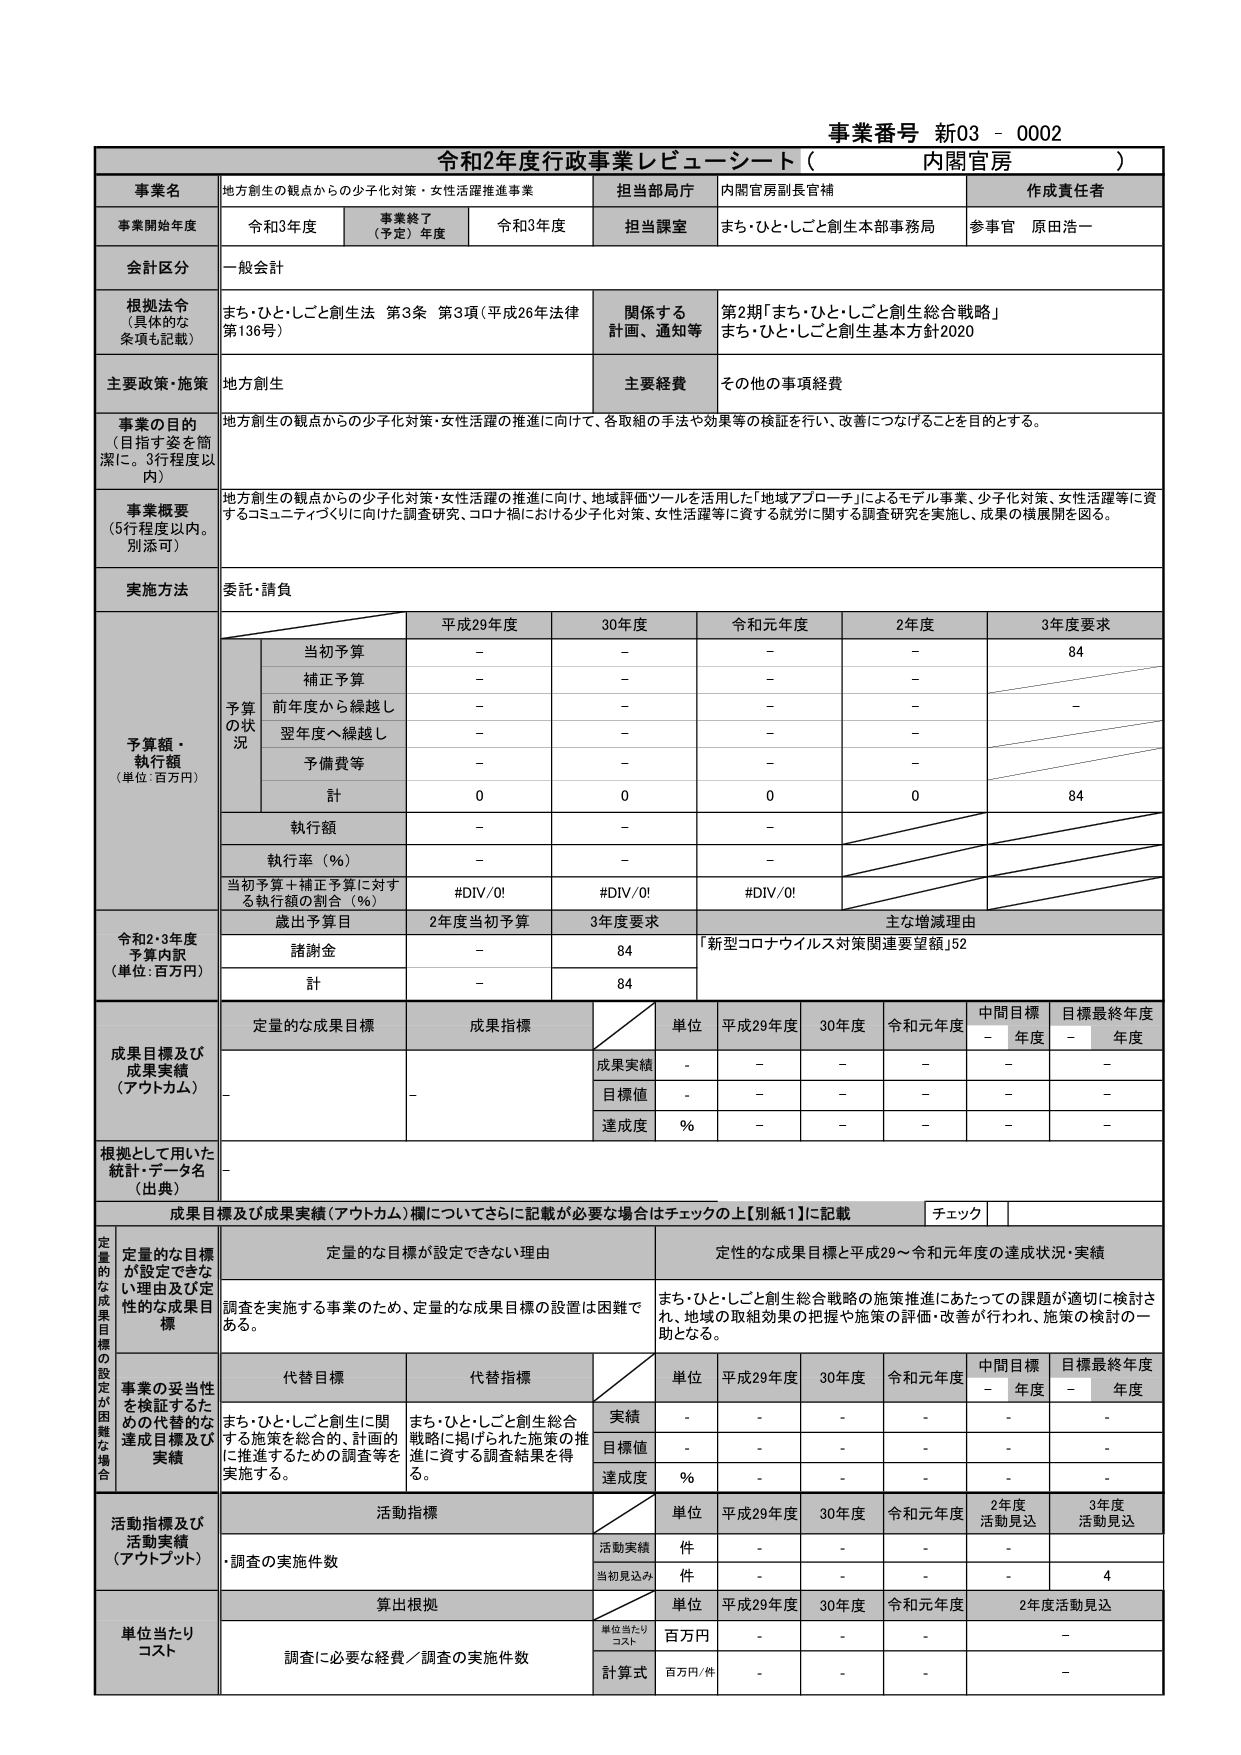
事業番号 新03 - 0002
令和2年度行政事業レビュー・シート（ 内閣官房 ）

事業名 地方創生の観点からの少子化対策・女性活躍推進事業
担当部局庁 内閣官房副長官補
作成責任者

事業開始年度 令和3年度
事業終了（予定）年度 令和3年度
担当課室 まち・ひと・しごと創生本部事務局
参事官 原田浩一

会計区分 一般会計

根拠法令（具体的な条項も記載） まち・ひと・しごと創生法 第3条 第3項（平成26年法律第136号）
関係する計画、通知等 第2期「まち・ひと・しごと創生総合戦略」 まち・ひと・しごと創生基本方針2020

主要政策・施策 地方創生
主要経費 その他の事項経費

事業の目的（目指す姿を簡潔に。3行程度以内） 地方創生の観点からの少子化対策・女性活躍の推進に向けて、各取組の手法や効果等の検証を行い、改善につなげることを目的とする。

事業概要（5行程度以内。別添可） 地方創生の観点からの少子化対策・女性活躍の推進に向けて、地域評価ツールを活用した「地域アプローチ」によるモデル事業、少子化対策、女性活躍等に資するコミュニティづくりに向けた調査研究、コロナ禍における少子化対策、女性活躍等に資する就労に関する調査研究を実施し、成果の横展開を図る。

実施方法 委託・請負

予算額・執行額（単位：百万円）
平成29年度 30年度 令和元年度 2年度 3年度要求
予算の状況
当初予算 - - - - 84
補正予算 - - - -
前年度から繰越し - - - - -
翌年度へ繰越し - - - -
予備費等 - - - -
計 0 0 0 0 84
執行額 - - -
執行率（％） - - -
当初予算＋補正予算に対する執行額の割合（％） #DIV/0! #DIV/0! #DIV/0!

令和2・3年度予算内訳（単位：百万円）
歳出予算目 2年度当初予算 3年度要求 主な増減理由
諸謝金 - 84 「新型コロナウイルス対策関連要望額」52
計 - 84

成果目標及び成果実績（アウトカム）
定量的な成果目標 成果指標 単位 平成29年度 30年度 令和元年度 中間目標年度 目標最終年度年度
- - 成果実績 - - - - - -
目標値 - - - - - -
達成度 ％ - - - - - -

根拠として用いた統計・データ名（出典） -

成果目標及び成果実績（アウトカム）欄についてさらに記載が必要な場合はチェックの上【別紙1】に記載 チェック

定量的な成果目標の設定が困難な場合
定量的な目標が設定できない理由 定性的な成果目標と平成29～令和元年度の達成状況・実績
調査を実施する事業のため、定量的な成果目標の設定は困難である。 まち・ひと・しごと創生総合戦略の施策推進にあたっての課題が適切に検討され、地域の取組効果の把握や施策の評価・改善が行われ、施策の検討の一助となる。

代替目標 代替指標 単位 平成29年度 30年度 令和元年度 中間目標年度 目標最終年度年度
事業の妥当性を検証するための代替的な達成目標及び実績 まち・ひと・しごと創生に関する施策を総合的、計画的に推進するための調査等を実施する。 まち・ひと・しごと創生総合戦略に掲げられた施策の推進に資する調査結果を得る。 実績 - - - - -
目標値 - - - - -
達成度 ％ - - - - -

活動指標及び活動実績（アウトプット）
活動指標 単位 平成29年度 30年度 令和元年度 2年度活動見込 3年度活動見込
・調査の実施件数 活動実績 件 - - - -
当初見込み 件 - - - - 4

算出根拠
単位当たりコスト 調査に必要な経費／調査の実施件数
単位当たりコスト 百万円 - - - -
計算式 百万円/件 - - - -